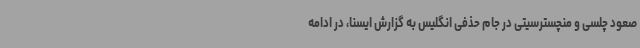
صعود چلسی و منچسترسیتی در جام حذفی انگلیس به گزارش ایسنا، در ادامه